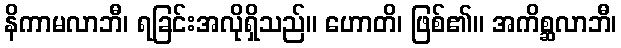
နိကာမလာဘီ၊ ရခြင်းအလိုရှိသည်။ ဟောတိ၊ ဖြစ်၏။ အကိစ္ဆလာဘီ၊